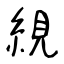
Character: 絸